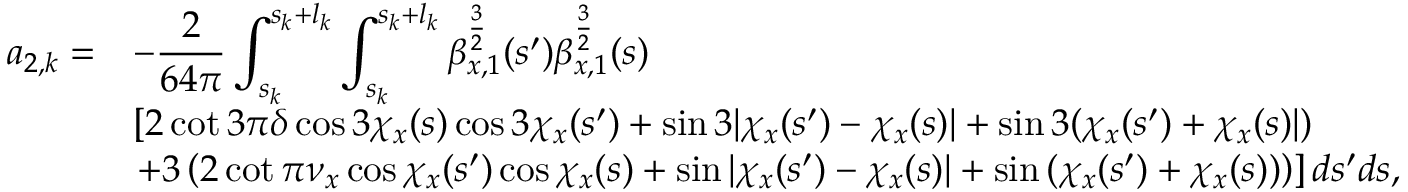
\begin{array} { c l } { \displaystyle a _ { 2 , k } = } & { \displaystyle - \frac { 2 } { 6 4 \pi } \int _ { s _ { k } } ^ { s _ { k } + l _ { k } } { \int _ { s _ { k } } ^ { s _ { k } + l _ { k } } { \beta _ { x , 1 } ^ { \frac { 3 } { 2 } } ( s ^ { \prime } ) \beta _ { x , 1 } ^ { \frac { 3 } { 2 } } ( s ) } } } \\ & { \displaystyle \left[ 2 \cot { 3 \pi \delta } \cos { 3 \chi _ { x } ( s ) } \cos { 3 \chi _ { x } ( s ^ { \prime } ) } + \sin { 3 | \chi _ { x } ( s ^ { \prime } ) - \chi _ { x } ( s ) | } + \sin { 3 ( \chi _ { x } ( s ^ { \prime } ) + \chi _ { x } ( s ) | ) } \right. } \\ & { \displaystyle \left. + 3 \left( 2 \cot { \pi \nu _ { x } } \cos { \chi _ { x } ( s ^ { \prime } ) } \cos { \chi _ { x } ( s ) } + \sin { | \chi _ { x } ( s ^ { \prime } ) - \chi _ { x } ( s ) | } + \sin { ( \chi _ { x } ( s ^ { \prime } ) + \chi _ { x } ( s ) ) } \right) \right] d s ^ { \prime } d s , } \end{array}